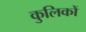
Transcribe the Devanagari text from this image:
कुलिकों